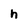
Character: h